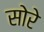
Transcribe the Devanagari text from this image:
सोरे